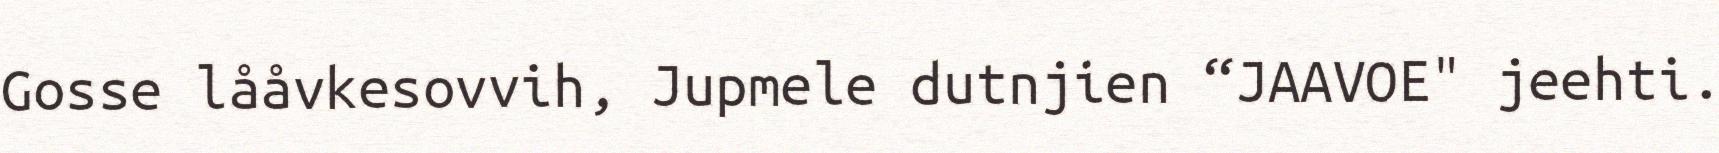
Gosse lååvkesovvih, Jupmele dutnjien “JAAVOE" jeehti.